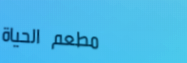
مطعم الحياة